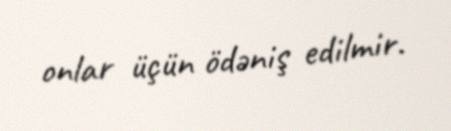
onlar üçün ödəniş edilmir.